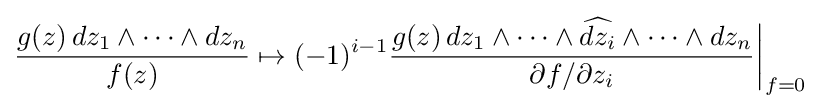
{\frac {g(z)\,dz_{1}\wedge \dotsb \wedge dz_{n}}{f(z)}}\mapsto (-1)^{i-1}{\frac {g(z)\,dz_{1}\wedge \dotsb \wedge {\widehat {dz_{i}}}\wedge \dotsb \wedge dz_{n}}{\partial f/\partial z_{i}}}{\bigg |}_{f=0}